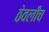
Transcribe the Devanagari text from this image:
ठेवलीच